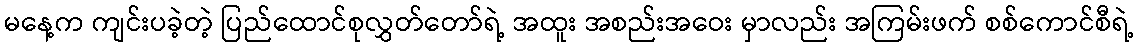
မနေ့က ကျင်းပခဲ့တဲ့ ပြည်ထောင်စုလွှတ်တော်ရဲ့ အထူး အစည်းအဝေး မှာလည်း အကြမ်းဖက် စစ်ကောင်စီရဲ့